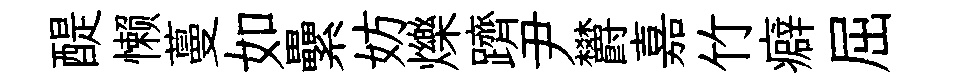
醍懒蔓如纍妨爍躋尹欝嘉竹癖屈